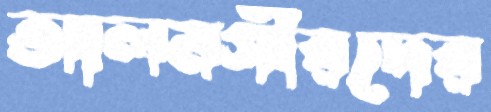
আলমগীরদের